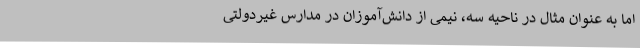
اما به عنوان مثال در ناحیه سه، نیمی از دانش‌آموزان در مدارس غیردولتی